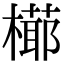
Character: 𣚋